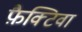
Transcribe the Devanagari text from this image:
फ़ैक्टिवा